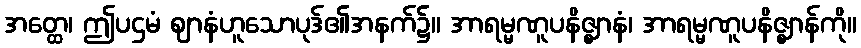
အတ္ထေ၊ ဤပဌမံ ဈာနံဟူသောပုဒ်၏အနက်၌။ အာရမ္မဏူပနိဇ္ဈာနံ၊ အာရမ္မဏူပနိဇ္ဈာန်ကို။